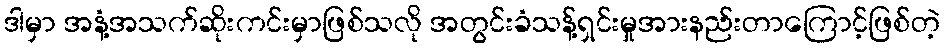
ဒါမှာ အနံ့အသက်ဆိုးကင်းမှာဖြစ်သလို အတွင်းခံသန့်ရှင်းမှုအားနည်းတာကြောင့်ဖြစ်တဲ့